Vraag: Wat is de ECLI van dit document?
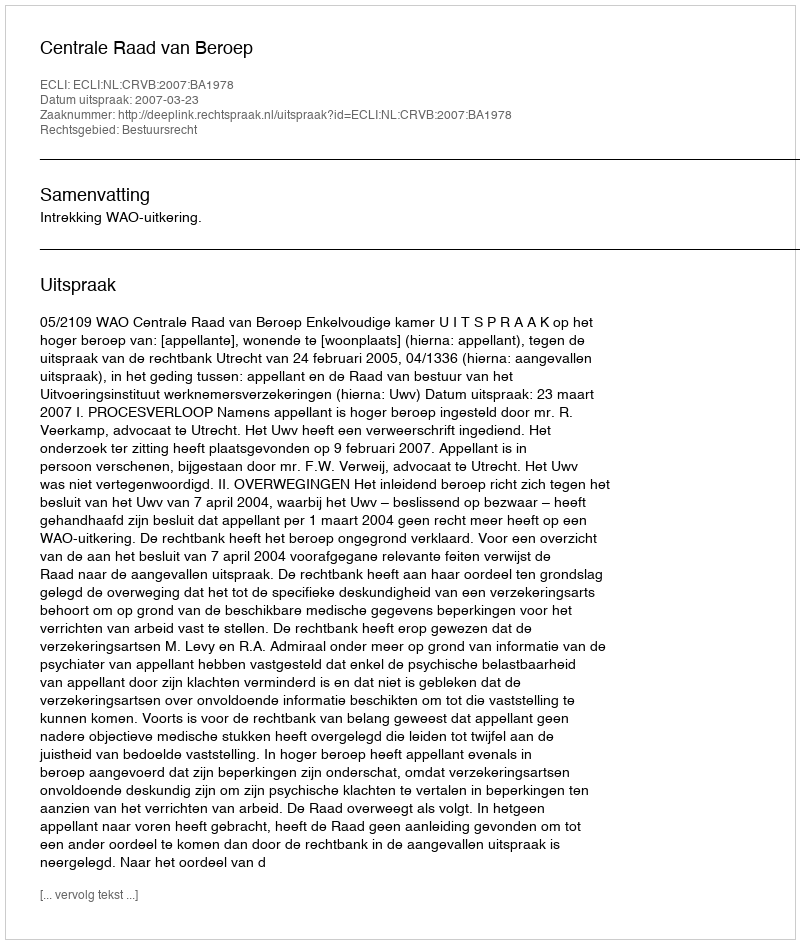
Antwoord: ECLI:NL:CRVB:2007:BA1978